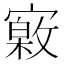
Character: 𡫎